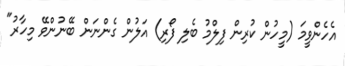
އެހެންވީމަ (މީހުން ކުރިން ފިލްމު ބެލި ފޯރި) އަލުން ގެންނަން ބޭނުންވޭ މިހާރު"